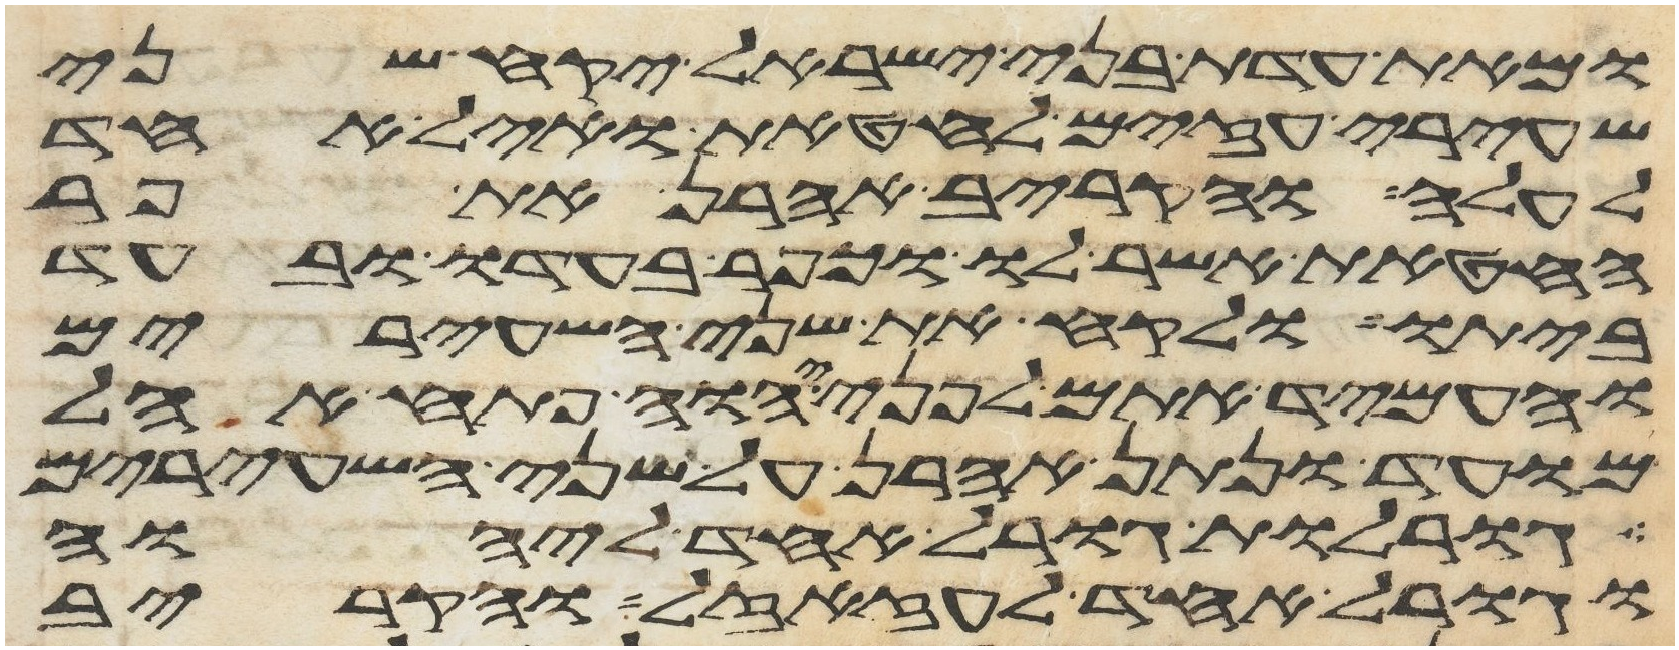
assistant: ומאת עדת בני ישראל יקח שני
שעירי עזים לחטאת ואיל אחד
לעלה והקריב אהרן את פר
החטאת אשר לו וכפר בעדו ובעד
ביתו ולקח את שני השעירים
והעמיד אתם לפני יהוה פתח אהל
מועד ונתן אהרן על שני השעירים
גורלות גורל אחד ליהוה
וגורל אחד לעזזאל והקריב